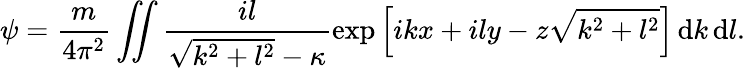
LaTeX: \psi=\frac{m}{4\pi^{2}}\iint\frac{il}{\sqrt{k^{2}+l^{2}}-\kappa}\exp\left[ikx+ily-z\sqrt{k^{2}+l^{2}}\right]\, \textrm{d}k\, \textrm{d}l.